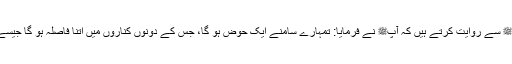
1551: سیدنا ابن عمرؓ نبیﷺ سے روایت کرتے ہیں کہ آپﷺ نے فرمایا: تمہارے سامنے ایک حوض ہو گا، جس کے دونوں کناروں میں اتنا فاصلہ ہو گا جیسے جرباء اور اذرح میں ہے۔